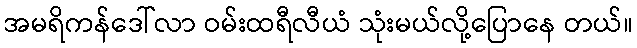
အမရိကန်ဒေါ်လာ ဝမ်းထရီလီယံ သုံးမယ်လို့ပြောနေ တယ်။